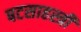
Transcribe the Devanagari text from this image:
षटसाहस्त्री